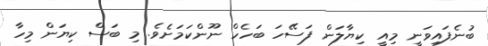
ބުނެފައިވަނީ މިއީ ކިޔާލަން ފަސޭހަ ބަހެހް ނޫންކަމަށެވެ. މި ބަސް ކިޔަން މިހާ